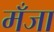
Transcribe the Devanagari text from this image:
मँजा